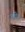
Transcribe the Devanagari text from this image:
अविन